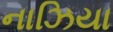
નાઝિયા